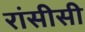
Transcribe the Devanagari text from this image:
रांसीसी